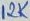
Text: 12K